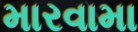
મારવામા